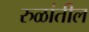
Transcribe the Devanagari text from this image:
रुळांतील